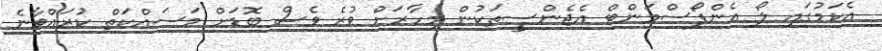
އެކަމުގައި ލޯ އެންފޯސްމަންޓް އެޖެންސީތަކުން މިހާރަށް ވުރެ ވެސް ބޮޑަށް މަސައްކަތް ކުރައްވާނެ